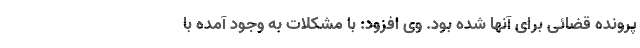
پرونده قضائی برای آنها شده بود. وی افزود: با مشکلات به وجود آمده با